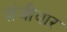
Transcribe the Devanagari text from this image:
ज़ंजीबार